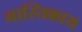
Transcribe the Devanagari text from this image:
नास्तिकाय